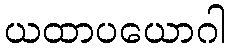
ယထာပယောဂါ